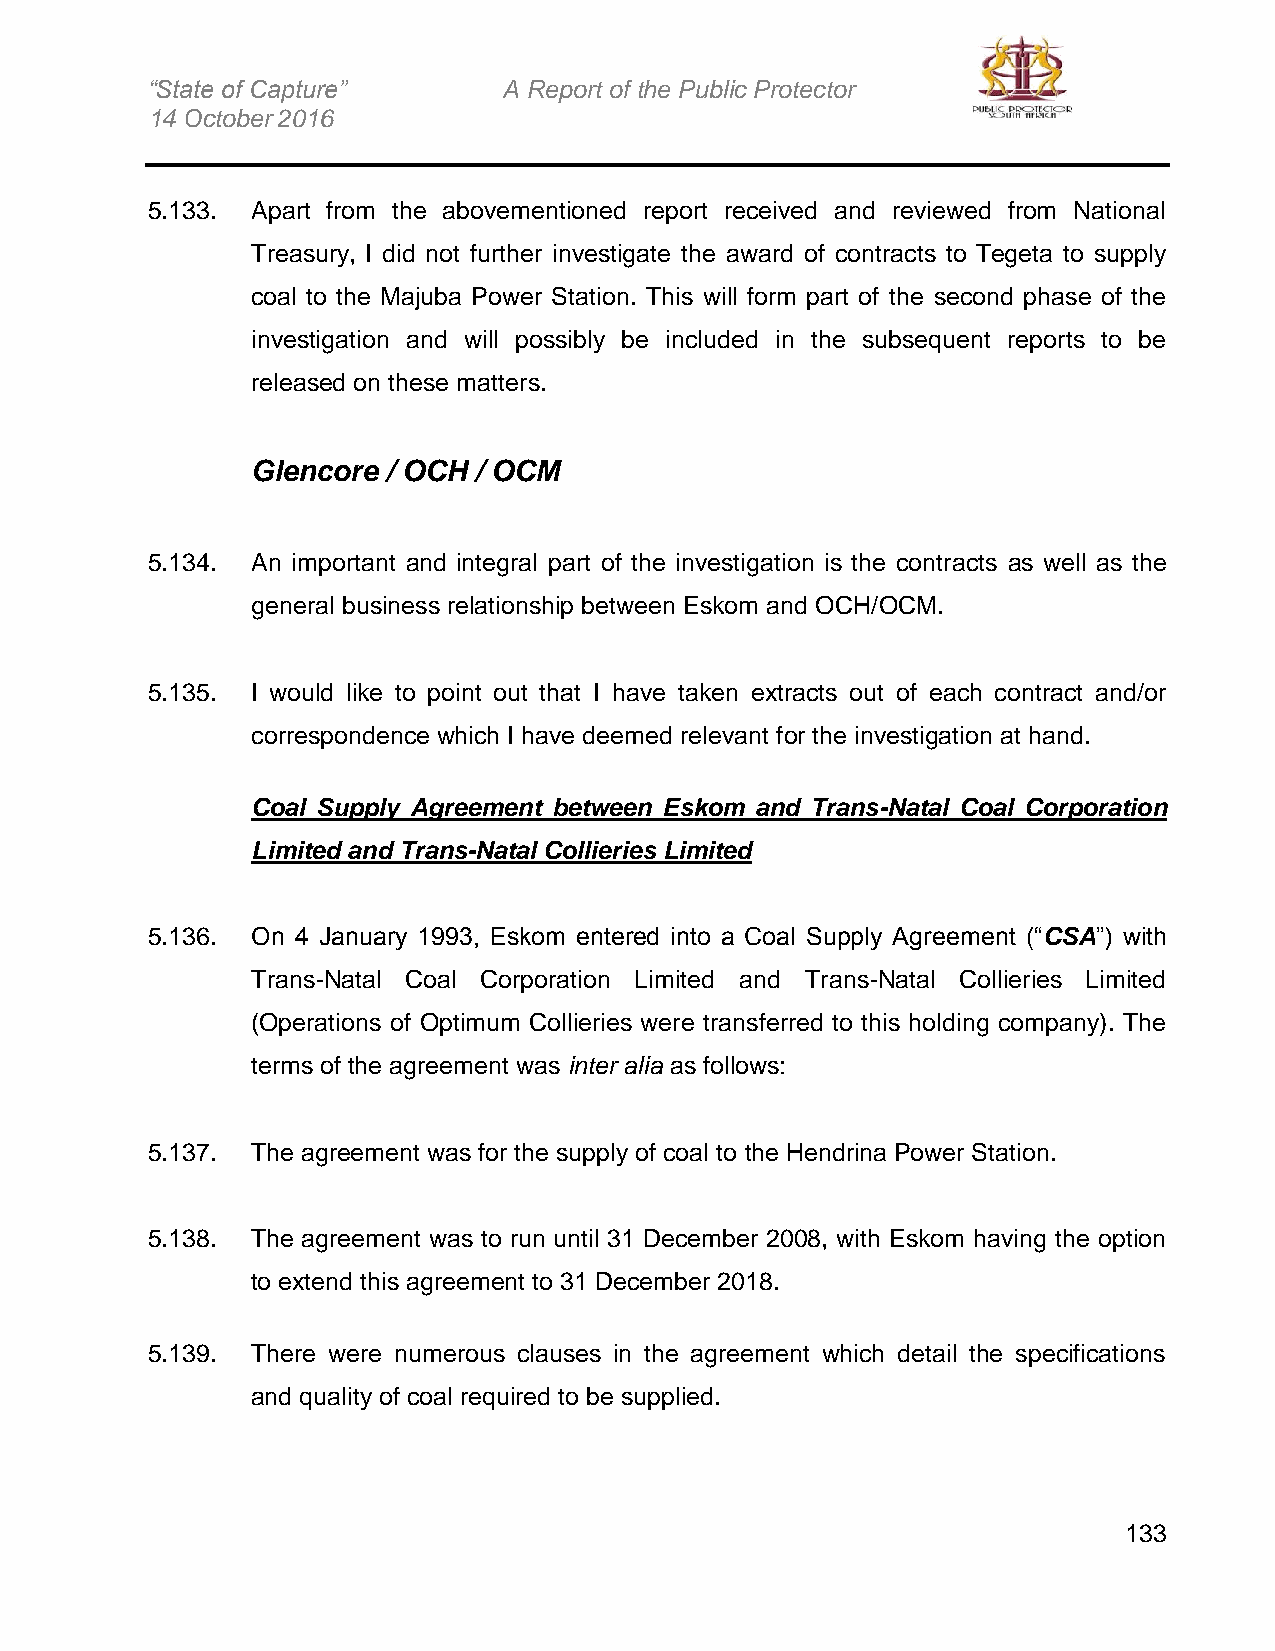
“State of Capture”     A Report of the Public Protector
 14 October 2016
 5.133. Apart from the abovementioned report received and reviewed from National
 Treasury, I did not further investigate the award of contracts to Tegeta to supply
 coal to the Majuba Power Station. This will form part of the second phase of the
 investigation and will possibly be included in the subsequent reports to be
 released on these matters.
 Glencore / OCH / OCM
 5.134. An important and integral part of the investigation is the contracts as well as the
 general business relationship between Eskom and OCH/OCM.
 5.135. I would like to point out that I have taken extracts out of each contract and/or
 correspondence which I have deemed relevant for the investigation at hand.
 Coal Supply Agreement between Eskom and Trans-Natal Coal Corporation
 Limited and Trans-Natal Collieries Limited
 5.136. On 4 January 1993, Eskom entered into a Coal Supply Agreement (“CSA”) with
 Trans-Natal Coal Corporation Limited and Trans-Natal Collieries Limited
 (Operations of Optimum Collieries were transferred to this holding company). The
 terms of the agreement was inter alia as follows:
 5.137. The agreement was for the supply of coal to the Hendrina Power Station.
 5.138. The agreement was to run until 31 December 2008, with Eskom having the option
 to extend this agreement to 31 December 2018.
 5.139. There were numerous clauses in the agreement which detail the specifications
 and quality of coal required to be supplied.
 133